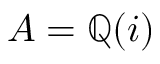
A = \mathbb { Q } ( i )